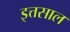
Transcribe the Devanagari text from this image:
इत्तसाल